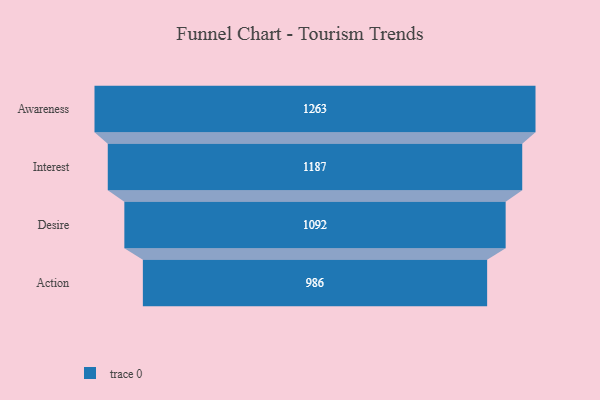
{"axis": {"x": "Stage", "y": "Value"}, "legend": [""], "data": [{"x": "Awareness", "y": 1263.0, "type": ""}, {"x": "Interest", "y": 1187.0, "type": ""}, {"x": "Desire", "y": 1092.0, "type": ""}, {"x": "Action", "y": 986.0, "type": ""}]}